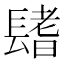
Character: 𨲤